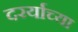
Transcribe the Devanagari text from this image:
दरर्याच्या